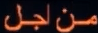
من اجل